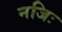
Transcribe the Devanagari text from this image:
नजिः